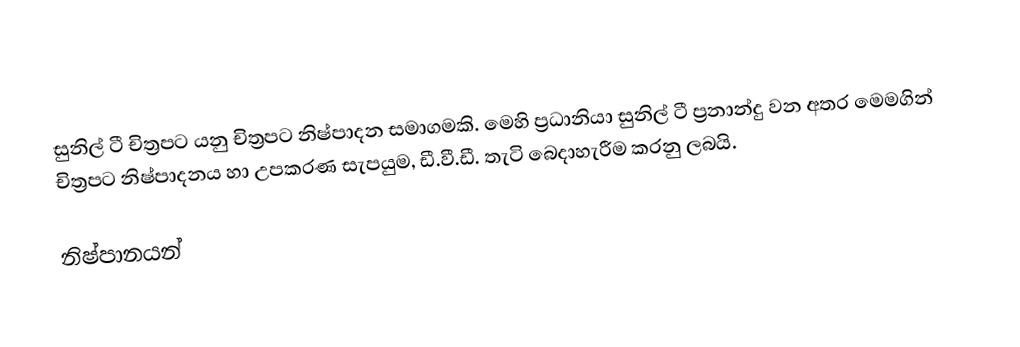
සුනිල් ටී චිත්‍රපට යනු චිත්‍රපට නිෂ්පාදන සමාගමකි. මෙහි ප්‍රධානියා සුනිල් ටී ප්‍රනාන්දු වන අතර මෙමගින් චිත්‍රපට නිෂ්පාදනය හා උපකරණ සැපයුම, ඩී.වී.ඩී. තැටි බෙදාහැරීම කරනු ලබයි.

නිෂ්පානයන්